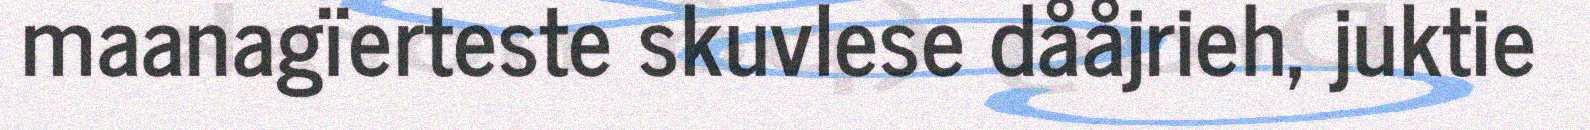
maanagïerteste skuvlese dååjrieh, juktie